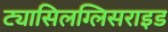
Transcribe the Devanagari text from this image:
ट्यासिलग्लिसराइड